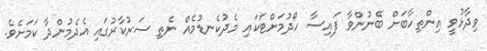
ވިދާޅުވީ އިންތިހާބަށް ބޭނުންވާ ފައިސާ ހޯދުމަށްޓަކައި މެދުކެނޑުމެއް ނެތި ސަރުކާރުގައި އެދެމުންދާ ކަމަށެވެ.